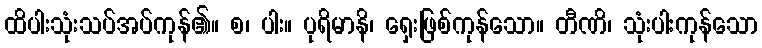
ထိပါးသုံးသပ်အပ်ကုန်၏။ စ၊ ပါး။ ပုရိမာနိ၊ ရှေးဖြစ်ကုန်သော။ တီဏိ၊ သုံးပါးကုန်သော